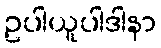
ဥပါယူပါဒါနာ